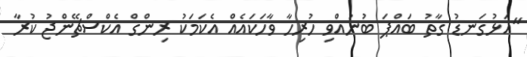
"އަޅުގަނޑު ގާތު ބައްޕަ ބުނުއްވި ހުރިހާ ވާހަކައެއް އެކަމަކު ރިންގް އެކްސްޗޭންޖު ކުރާ